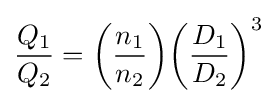
{\frac {Q_{1}}{Q_{2}}}={\bigg (}{\frac {n_{1}}{n_{2}}}{\bigg )}{\bigg (}{\frac {D_{1}}{D_{2}}}{\bigg )}^{3}